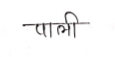
मजकूर: पाली